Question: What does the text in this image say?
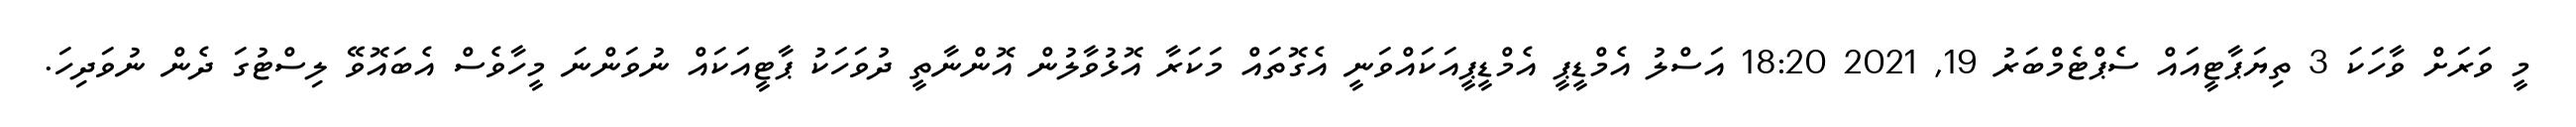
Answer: މީ ވަރަށް ވާހަކަ 3 ތިޔަޕާޓީއައް ސެޕްޓެމްބަރު 19, 2021 18:20 އަސްލު އެމްޑީޕީ އެމްޑީޕީއަކައްވަނީ އެގޮތައް މަކަރާ އޮޅުވާލުން އޮންނާތީ ދުވަހަކު ޕާޓީއަކައް ނުވަންނަ މީހާވެސް އެބައޮވޭ ލިސްޓުގަ ދެން ނުވަދިހަ.